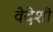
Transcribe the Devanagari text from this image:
वेदेशी